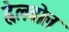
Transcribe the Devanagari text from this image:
ह्वेलबोल